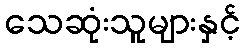
သေဆုံးသူများနှင့်